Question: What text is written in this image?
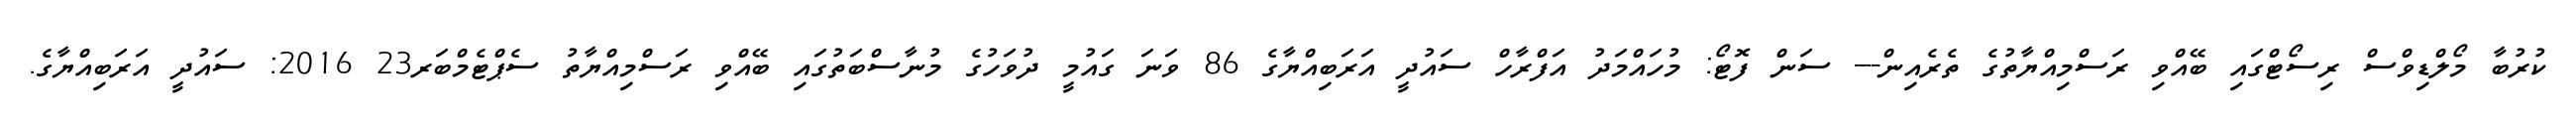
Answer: ކުރުބާ މޯލްޑިވްސް ރިސޯޓްގައި ބޭއްވި ރަސްމިއްޔާތުގެ ތެރެއިން--- ސަން ފޮޓޯ: މުހައްމަދު އަފްރާހް ސައުދީ އަރަބިއްޔާގެ 86 ވަނަ ގައުމީ ދުވަހުގެ މުނާސްބަތުގައި ބޭއްވި ރަސްމިއްޔާތު ސެޕްޓެމްބަރ23 2016: ސައުދީ އަރަބިއްޔާގެ.